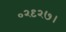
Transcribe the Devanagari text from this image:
०२९२७।